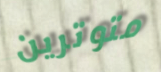
متوترين